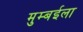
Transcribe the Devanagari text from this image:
मुम्बईला